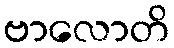
ဗာလောတိ